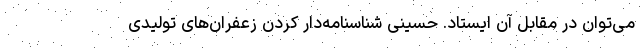
می‌توان در مقابل آن ایستاد. حسینی شناسنامه‌دار کردن زعفران‌های تولیدی